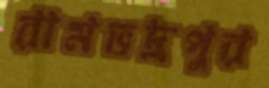
রামভদ্রপুর